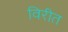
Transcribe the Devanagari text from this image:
विरीत